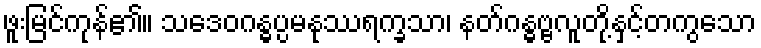
ဖူးမြင်ကုန်၏။ သဒေဝဂန္ဓပ္ပမနုဿရက္ခသာ၊ နတ်ဂန္ဓဗ္ဗလူတို့နှင့်တကွသော